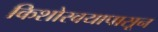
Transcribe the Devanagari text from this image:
किशोरवयापासून